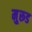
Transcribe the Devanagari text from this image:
मु्रूड